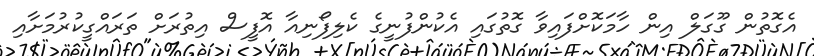
އެގޮތުން ގޫގަލް އިން ހާމަކޮށްފައިވާ ގޮތުގައި އެކުންފުނީގެ ކެލިފޯނިއާ އޮފީސް އިތުރަށް ތަރައްގީކުރުމަށާއި